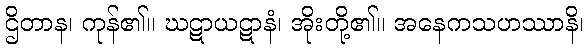
ဌိတာန၊ ကုန်၏။ ဃဋာယဋာနံ၊ အိုးတို့၏။ အနေကသဟဿာနိ၊